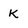
Character: K